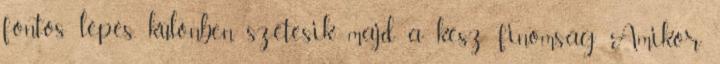
fontos lépés, különben szétesik majd a kész finomság. Amikor